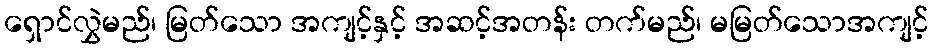
ရှောင်လွှဲမည်၊ မြတ်သော အကျင့်နှင့် အဆင့်အတန်း တက်မည်၊ မမြတ်သောအကျင့်